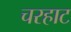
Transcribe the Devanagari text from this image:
चरहाट